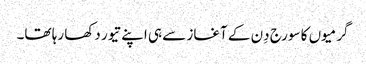
گرمیوں کا سورج دِن کے آغاز سے ہی اپنے تیور دکھا رہا تھا۔